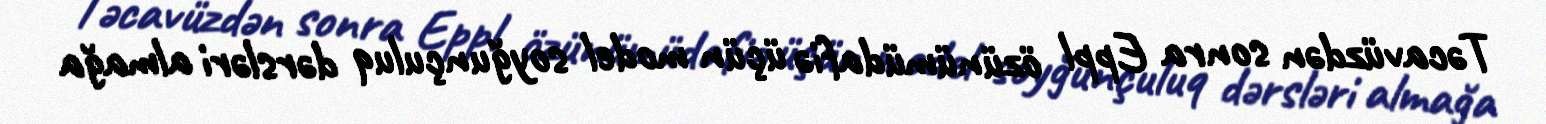
Təcavüzdən sonra Eppl özünümüdafiə üçün model soyğunçuluq dərsləri almağa